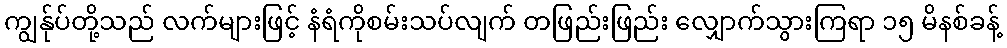
ကျွန်ုပ်တို့သည် လက်များဖြင့် နံရံကိုစမ်းသပ်လျက် တဖြည်းဖြည်း လျှောက်သွားကြရာ ၁၅ မိနစ်ခန့်